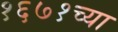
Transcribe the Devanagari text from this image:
१६७१च्या